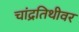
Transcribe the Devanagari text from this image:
चांद्रतिथीवर